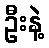
ဦးနဲ့